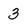
Character: 3